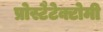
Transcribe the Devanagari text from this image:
प्रोस्टैटेक्टोमी